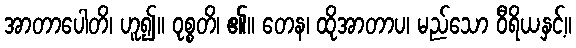
အာတာပေါတိ၊ ဟူ၍။ ဝုစ္စတိ၊ ၏။ တေန၊ ထိုအာတာပ၊ မည်သော ဝီရိယနှင့်။